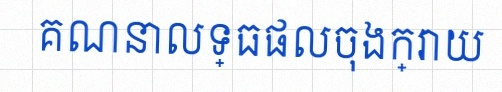
គណនាលទ្ធផលចុងក្រោយ